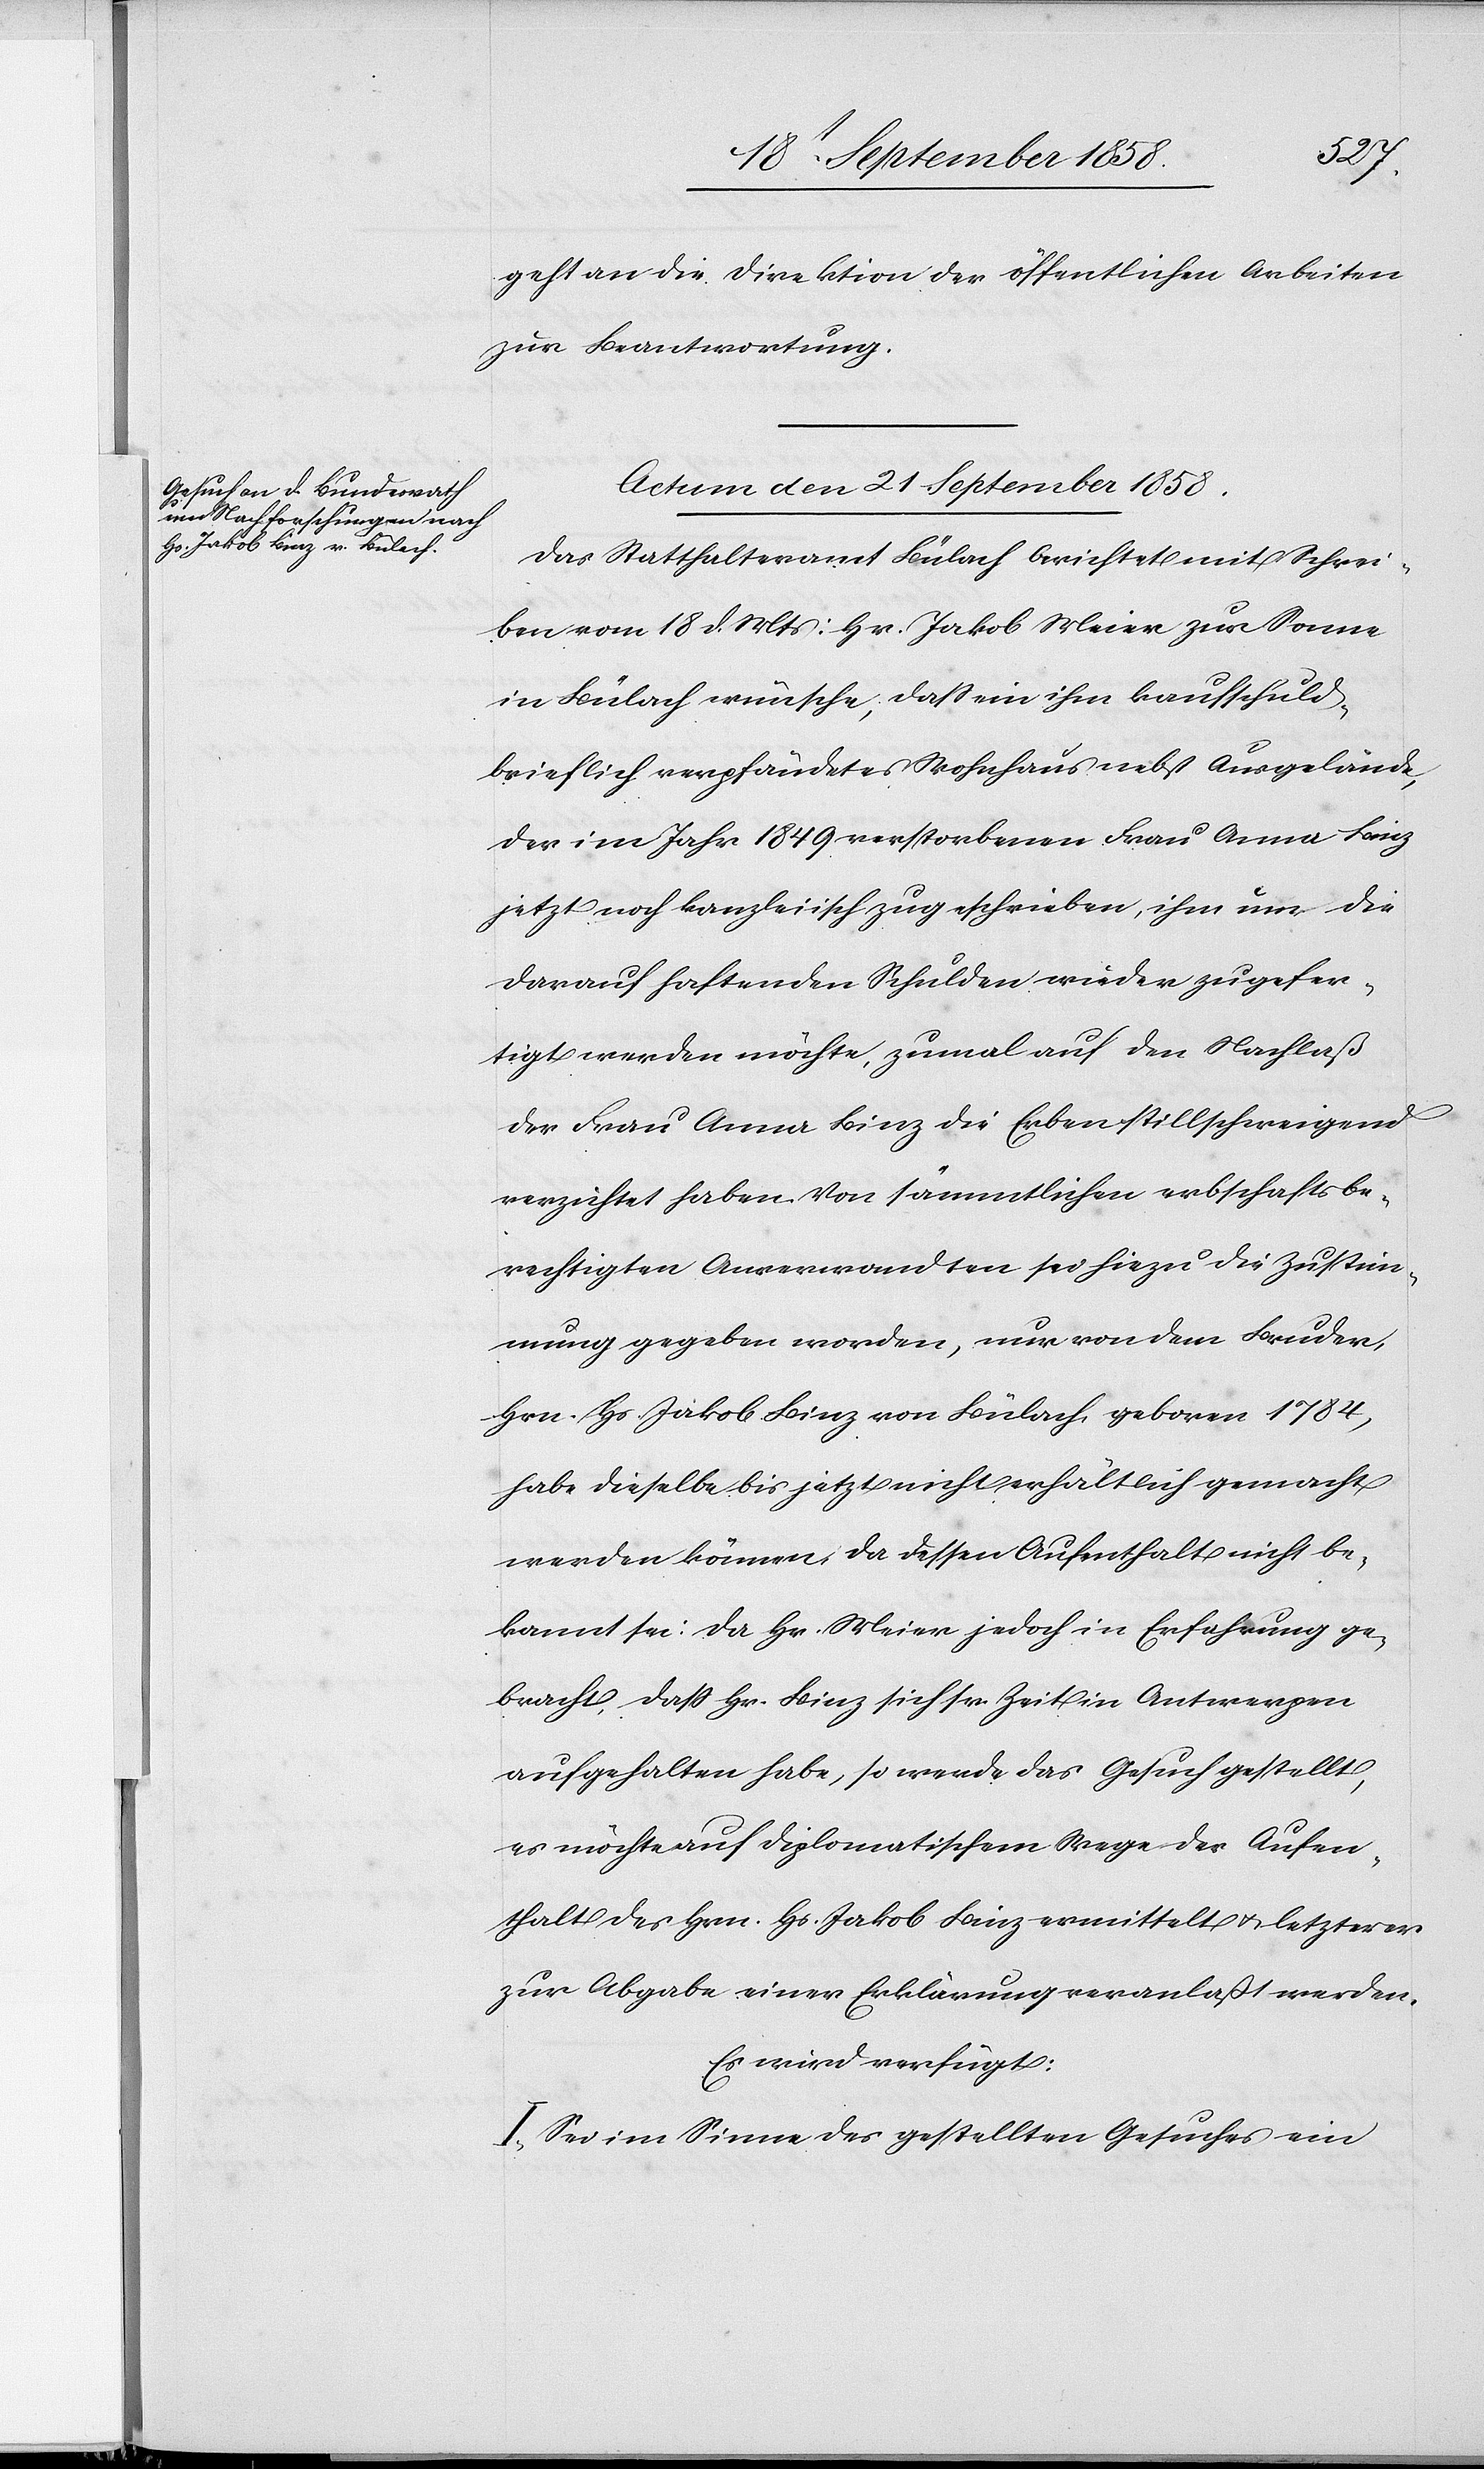
an die Direktion der öffentlichen Arbeiten
zur Beantwortung.
Actum den 21. September 1858.
Das Statthalteramt Bülach berichtet mit Schrei¬
ben vom 18 d. Mts: Hr. Jakob Meier zur Sonne
in Bülach wünsche, dass ein ihm kaufschuld¬
brieflich verpfändetes Wohnhaus nebst Ausgelände,
der im Jahr 1849 verstorbenen Frau Anna Binz
jetzt noch kanzleiisch zugeschrieben, ihm um die
darauf haftenden Schulden wieder zugefer¬
tigt werden möchte, zumal auf den Nachlaß
der Frau Anna Binz die Erben stillschweigend
verzichtet haben. Von sämmtlichen erbschaftsbe¬
rechtigten Anverwandten sei hiezu die Zustim¬
mung gegeben worden, nur von dem Bruder,
Hrn. Hs. Jakob Binz von Bülach, geboren 1784,
habe dieselbe bis jetzt nicht erhältlich gemacht
werden können, da dessen Aufenthalt nicht be¬
kannt sei. Da Hr. Meier jedoch in Erfahrung ge¬
bracht, dass Hr. Binz sich sr. Zeit in Antwerpen
aufgehalten habe, so werde das Gesuch gestellt,
es möchte auf diplomatischem Wege der Aufen¬
thalt des Hrn. Hs. Jakob Binz ermittelt & letzterer
zur Abgabe einer Erklärung veranlaßt werden.
Es wird verfügt:
I. Sei im Sinne des gestellten Gesuches ein